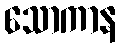
သောကာန